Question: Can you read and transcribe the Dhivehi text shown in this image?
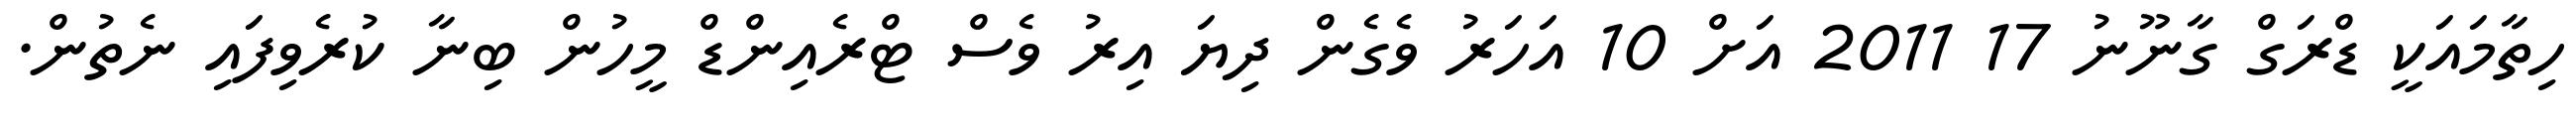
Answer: ހިތާމައަކީ ޑްރަގް ގާނޫނު 17 2011 އަށް 10 އަހަރު ވެގެން ދިޔަ އިރު ވެސް ޓްރެއިންޑް މީހުން ބިނާ ކުރެވިފައި ނެތުން.